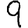
Digit: 9